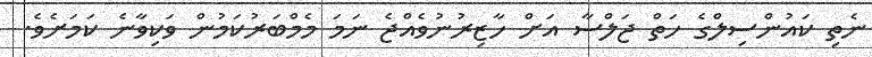
ނެތި ކައުންސިލްގެ ހަތް ޖަލްސާ އަށް ހާޒިރުނުވެއްޖެ ނަމަ މެމްބަރުކަމުން ވަކިވާނެ ކަމަށެވެ.